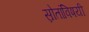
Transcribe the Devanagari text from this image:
स्रोतांविषयी